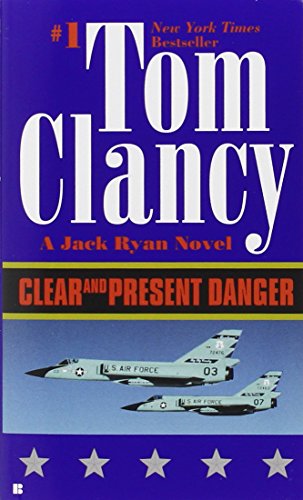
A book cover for Clear and Present Danger (A Jack Ryan Novel); Tom Clancy; Mystery, Thriller & Suspense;